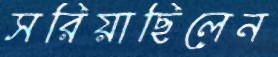
সরিয়াছিলেন